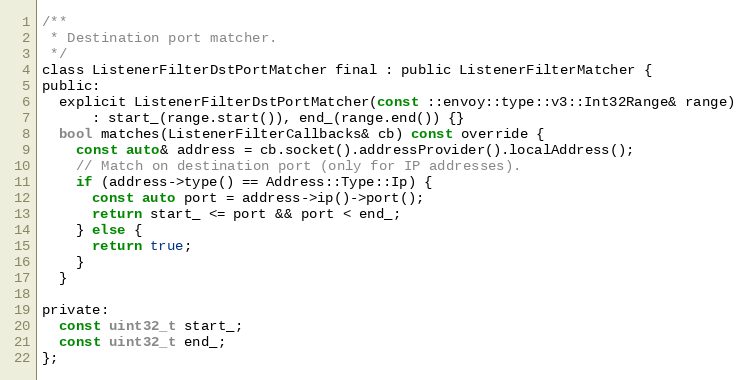
Language: C
/**
 * Destination port matcher.
 */
class ListenerFilterDstPortMatcher final : public ListenerFilterMatcher {
public:
  explicit ListenerFilterDstPortMatcher(const ::envoy::type::v3::Int32Range& range)
      : start_(range.start()), end_(range.end()) {}
  bool matches(ListenerFilterCallbacks& cb) const override {
    const auto& address = cb.socket().addressProvider().localAddress();
    // Match on destination port (only for IP addresses).
    if (address->type() == Address::Type::Ip) {
      const auto port = address->ip()->port();
      return start_ <= port && port < end_;
    } else {
      return true;
    }
  }

private:
  const uint32_t start_;
  const uint32_t end_;
};